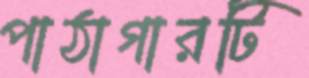
পাঠাগারটি